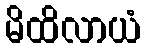
မိထိလာယံ